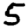
Digit: 5